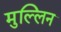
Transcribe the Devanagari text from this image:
मुल्लिन